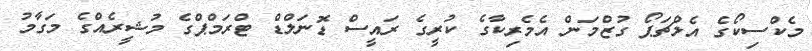
މެކްސިކޯގެ އެލްޗަޕޯ ގުޒްމަން އެމެރިކާގެ ކުރީގެ ރައީސް ޑޮނަލްޑް ޓްރަމްޕްގެ މުޝީރެއްގެ މަގާމު